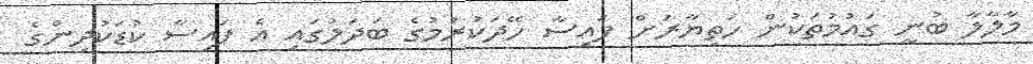
މާލާލާ ބުނީ ގައުމުތަކުން ހަތިޔާރަށް ފައިސާ ހޭދަކުރުމުގެ ބަދަލުގައި އެ ފައިސާ ކުޑަކުދިންގެ